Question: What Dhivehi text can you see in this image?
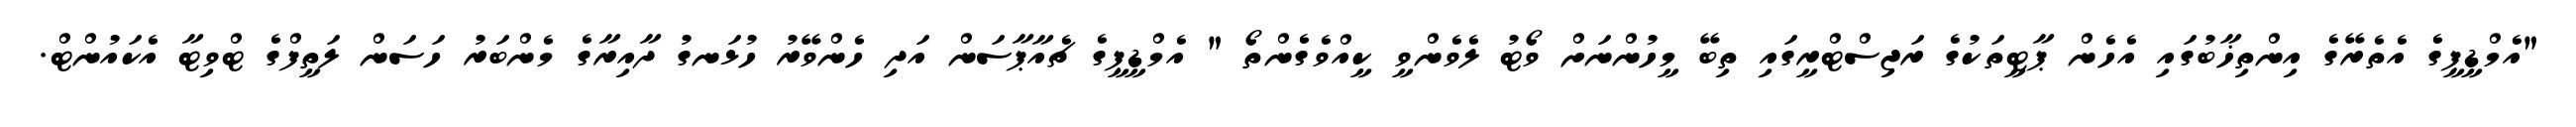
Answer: "އެމްޑީޕީގެ އެތެރޭގެ އިންތިޚާބުގައި އެހެން ޕާޓީތަކުގެ ރަޖިސްޓްރީގައި ތިބޭ މީހުންނަށް ވޯޓު ލެވެންވީ ކީއްވެގެންތޯ " އެމްޑީޕީގެ ޗެއާޕާސަން އަދި ހެންވޭރު ހުޅަނގު ދާއިރާގެ މެންބަރު ހަސަން ލަތީފްގެ ޓްވިޓާ އެކައުންޓް.